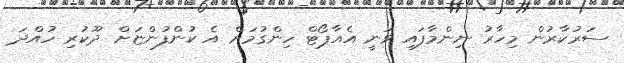
ސަރުކާރުން މިހާރު ނިންމާފައި ވަނީ އެއާޕޯޓް ހިންގުމަށް އެ ކުންފުންޏަށް ދޫކުރި ހުއްދަ